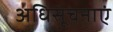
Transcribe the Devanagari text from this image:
अधिसूचनाएं